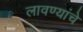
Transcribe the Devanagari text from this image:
लावण्यांचे